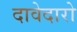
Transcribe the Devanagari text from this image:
दावेदारो